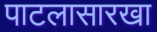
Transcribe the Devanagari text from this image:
पाटलासारखा